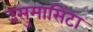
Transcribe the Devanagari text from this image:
उसुमासिंटा